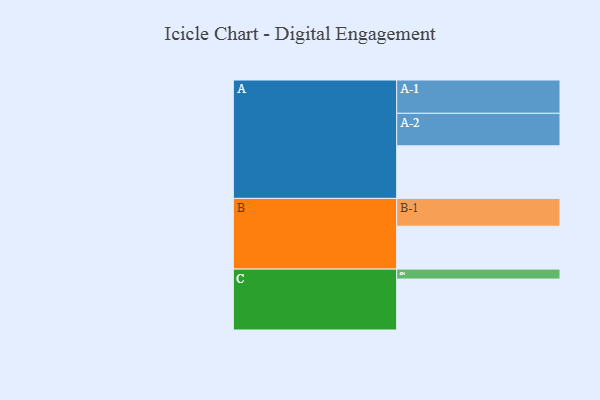
{"axis": {"x": "Segment", "y": "Value"}, "legend": ["", "A", "B", "C"], "data": [{"x": "A", "y": 450, "type": ""}, {"x": "B", "y": 367, "type": ""}, {"x": "C", "y": 436, "type": ""}, {"x": "A-1", "y": 285, "type": "A"}, {"x": "A-2", "y": 278, "type": "A"}, {"x": "B-1", "y": 238, "type": "B"}, {"x": "C-1", "y": 85, "type": "C"}]}